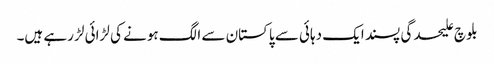
بلوچ علیحدگی پسند ایک دہائی سے پاکستان سے الگ ہونے کی لڑائی لڑ رہے ہیں۔